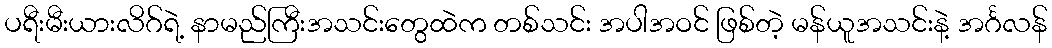
ပရီးမီးယားလိဂ်ရဲ့ နာမည်ကြီးအသင်းတွေထဲက တစ်သင်း အပါအဝင် ဖြစ်တဲ့ မန်ယူအသင်းနဲ့ အင်္ဂလန်